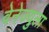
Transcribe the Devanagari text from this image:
वेनेज्युला